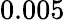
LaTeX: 0.005